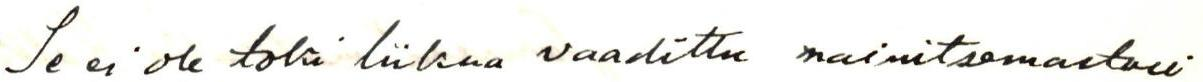
Se ei ole toki liikaa vaadittu mainitsemastasi